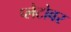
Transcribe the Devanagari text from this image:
प्लेटोवर